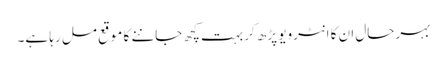
بہرحال ان کا انٹرویو پڑھ کر بہت کچھ جاننے کا موقع مل رہا ہے۔